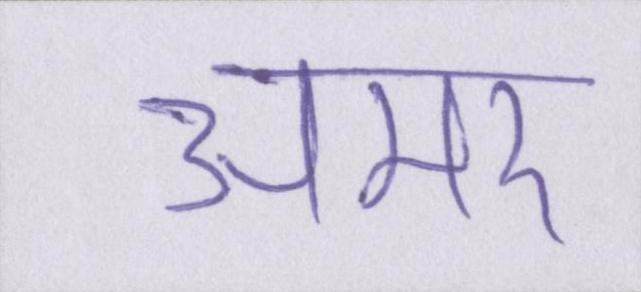
अमर